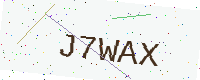
Text: J7WAX